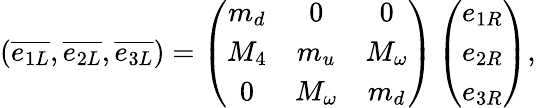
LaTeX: (\overline{{{e_{1L}}}},\overline{{{e_{2L}}}},\overline{{{e_{3L}}}})=\left(\begin{array}{ccc}{{m_{d}}}&{{0}}&{{0}}\\ {{M_{4}}}&{{m_{u}}}&{{M_{\omega}}}\\ {{0}}&{{M_{\omega}}}&{{m_{d}}}\end{array}\right)\left(\begin{array}{c}{{e_{1R}}}\\ {{e_{2R}}}\\ {{e_{3R}}}\end{array}\right),